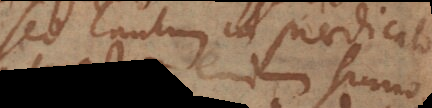
sed tantum in praedicato,